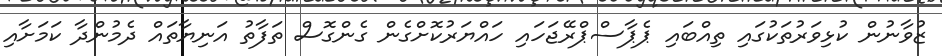
ޒުވާނުން ކުޅިވަރުތަކުގައި ތިއްބައި ޕެޕާސްޕްރޭޖަހައި ހައްޔަރުކޮށްގެން ގެންގޮސް ތަފާތު އަނިޔާތައް ދެމުންދާ ކަމަށާއި